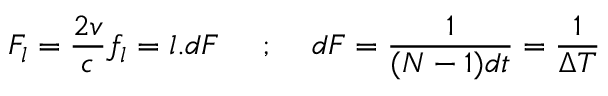
F _ { l } = \frac { 2 v } { c } f _ { l } = l . d F \quad \mathrm { ~ ; ~ } \quad d F = \frac { 1 } { ( N - 1 ) d t } = \frac { 1 } { \Delta T }